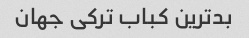
بدترین کباب ترکی جهان